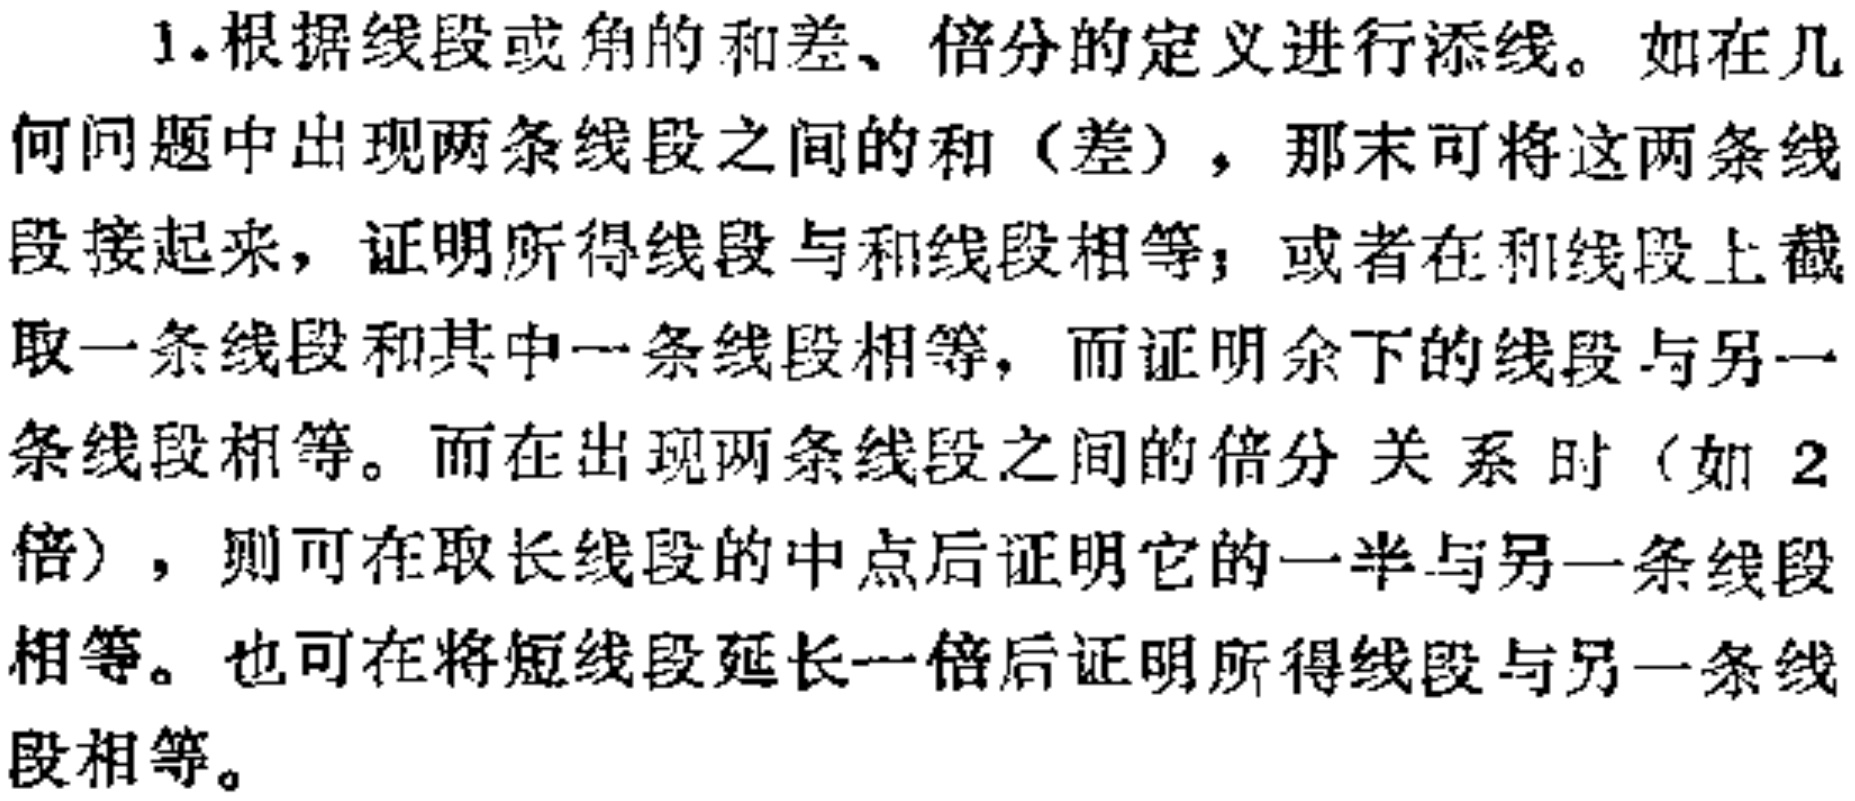
1.根据线段或角的和差、倍分的定义进行添线。如在几何问题中出现两条线段之间的和（差），那末可将这两条线段接起来，证明所得线段与和线段相等；或者在和线段上截取一条线段和其中一条线段相等，而证明余下的线段与另一条线段相等。而在出现两条线段之间的倍分关系时（如2倍），则可在取长线段的中点后证明它的一半与另一条线段相等。也可在将短线段延长一倍后证明所得线段与另一条线段相等。